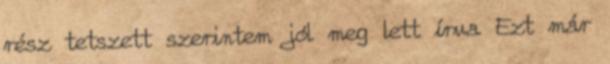
rész tetszett szerintem jól meg lett írva Ezt már